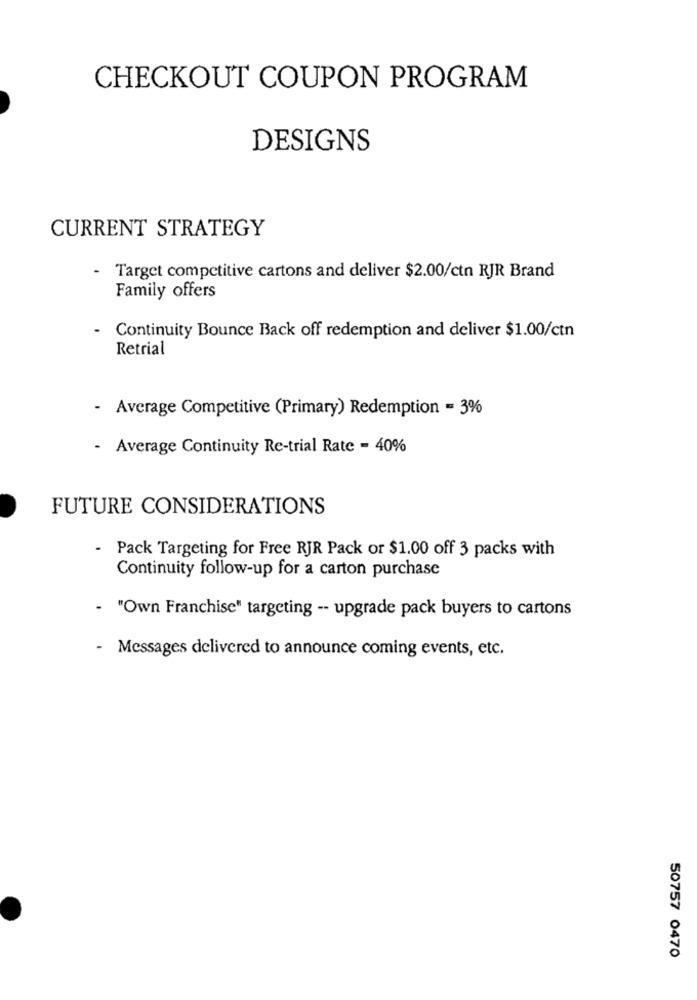
CHECKOUT COUPON PROGRAM
DESIGNS
CURRENT STRATEGY
- Target competitive cartons and deliver $2.00/ctn RJR Brand
Family offers
.
Continuity Bounce Back off redemption and deliver $1.00/ctn
Retrial
- Average Competitive (Primary) Redemption = 3%
- Average Continuity Re-trial Rate = 40%
FUTURE CONSIDERATIONS
Pack Targeting for Free RJR Pack or $1.00 off 3 packs with
Continuity follow-up for a carton purchase
- "Own Franchise" targeting -- upgrade pack buyers to cartons
- Messages delivered to announce coming events, etc.
50757 0470